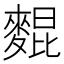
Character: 𪌽